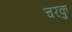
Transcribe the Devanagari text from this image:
चरकु